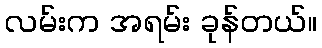
လမ်းက အရမ်း ခုန်တယ်။